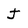
Character: J